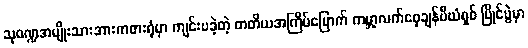
သုဝဏ္ဍအမျိုးသားအားကစားရုံမှာ ကျင်းပခဲ့တဲ့ တတိယအကြိမ်မြောက် ကမ္ဘာ့လက်ဝှေ့ချန်ပီယံရှစ် ပြိုင်ပွဲမှာ